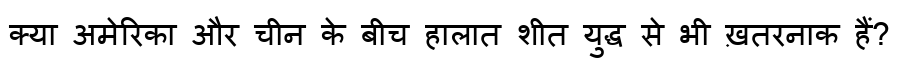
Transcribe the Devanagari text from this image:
क्या अमेरिका और चीन के बीच हालात शीत युद्ध से भी ख़तरनाक हैं?